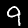
Label: 9